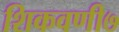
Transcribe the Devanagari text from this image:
शिकवणी७